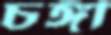
চঙ্গী